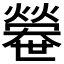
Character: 𤐼